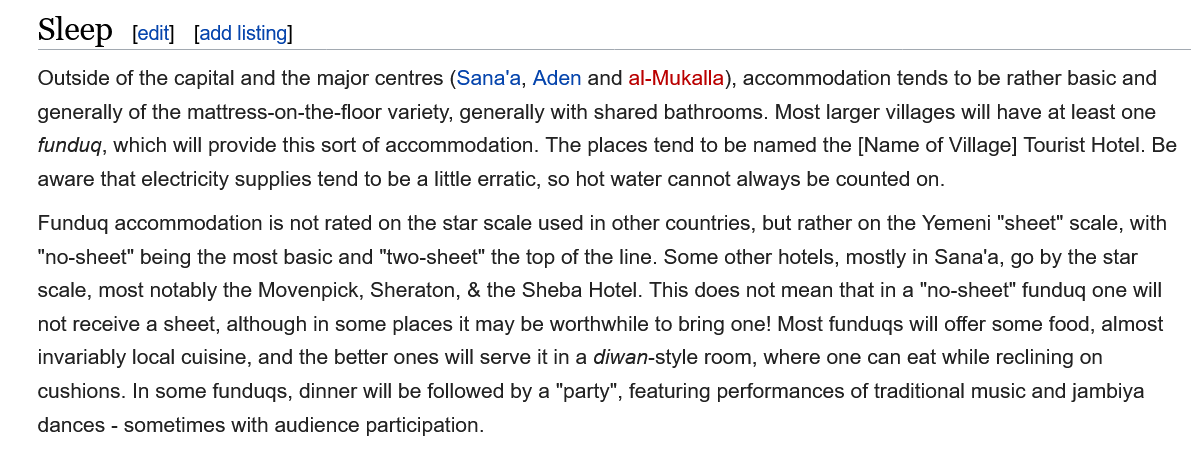
Outside of the capital and the major centres (Sana’‘a, Aden and al-Mukalla), accommodation tends to be rather basic and
    generally of the mattress-on-the-floor variety, generally with shared bathrooms. Most larger villages will have at least one
    fundugq, which will provide this sort of accommodation. The places tend to be named the [Name of Village] Tourist Hotel. Be
    aware that electricity supplies tend to be a little erratic, so hot water cannot always be counted on.
    Fundugq accommodation  is not rated on the star scale used in other countries, but rather on the Yemeni "sheet" scale, with
    “no-sheet" being the most basic and "two-sheet" the top of the line. Some other hotels, mostly in Sana'a, go by the star
    scale, most notably the Movenpick, Sheraton, & the Sheba Hotel. This does not mean that in a "no-sheet" fundugq one will
    not receive a sheet, although in some places it may be worthwhile to bring one! Most fundugs will offer some food, almost
    invariably local cuisine, and the better ones will serve it in a diwan-style room, where one can eat while reclining on
    cushions. In some fundugs, dinner will be followed by a "party", featuring performances of traditional music and jambiya
    dances
     -
     sometimes with audience participation.
     [edit] [add listing]